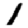
Digit: 1